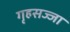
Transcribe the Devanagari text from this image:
गृहसज्जा